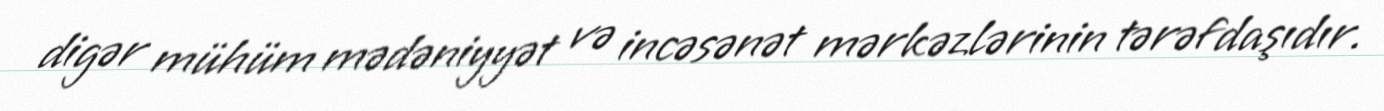
digər mühüm mədəniyyət və incəsənət mərkəzlərinin tərəfdaşıdır.